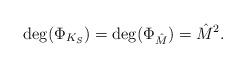
LaTeX: \begin{align*}\deg(\Phi_{K_S})=\deg(\Phi_{\hat{M}})=\hat{M}^2. \end{align*}